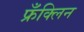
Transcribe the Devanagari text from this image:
फ्रँक्लिन